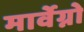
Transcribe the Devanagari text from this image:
मार्वेग्नो